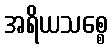
အရိယသစ္စေ